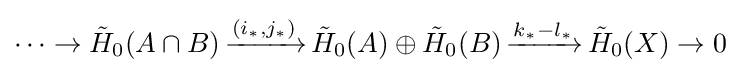
\cdots \to {\tilde {H}}_{0}(A\cap B)\,{\xrightarrow {(i_{*},j_{*})}}\,{\tilde {H}}_{0}(A)\oplus {\tilde {H}}_{0}(B)\,{\xrightarrow {k_{*}-l_{*}}}\,{\tilde {H}}_{0}(X)\to 0